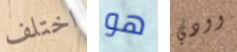
اختلف هو وودي